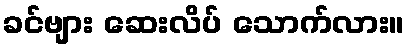
ခင်ဗျား ဆေးလိပ် သောက်လား။